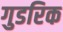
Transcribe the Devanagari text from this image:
गुडरिक